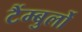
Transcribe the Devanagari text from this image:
टैंम्बुर्लो